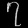
Digit: ၇